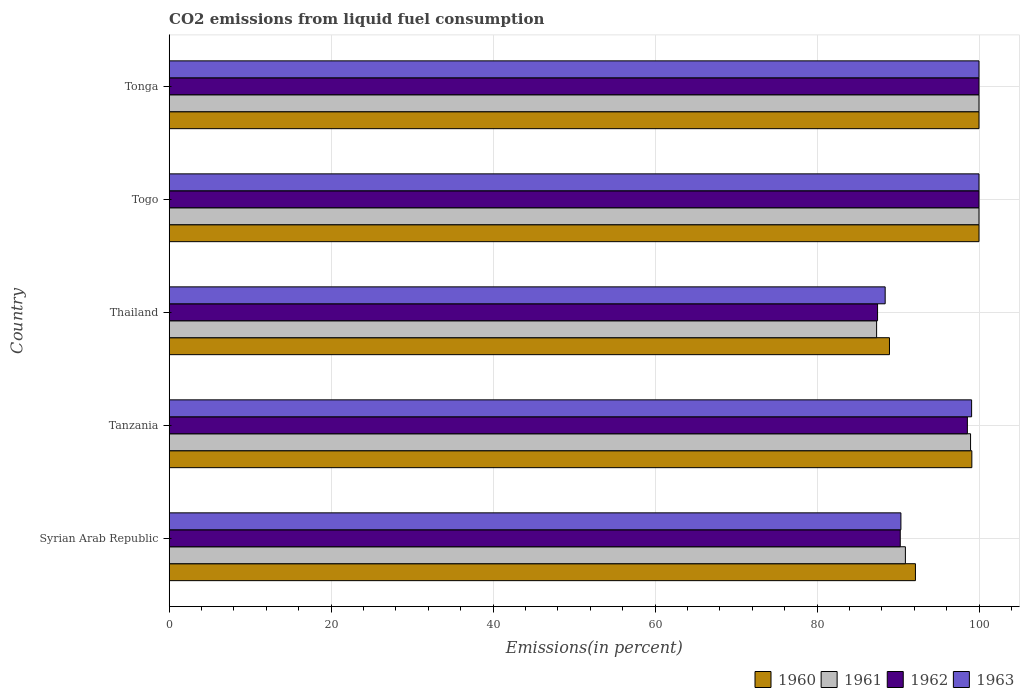
| Country | 1960 | 1961 | 1962 | 1963 |
 | --- | --- | --- | --- | --- |
 | Syrian Arab Republic | 92.2 | 90.9 | 90.3 | 90.4 |
 | Tanzania | 99.1 | 99 | 98.6 | 99.1 |
 | Thailand | 88.9 | 87.4 | 87.5 | 88.4 |
 | Togo | 100 | 100 | 100 | 100 |
 | Tonga | 100 | 100 | 100 | 100 |